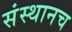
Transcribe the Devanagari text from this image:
संस्थानच